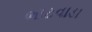
ભાટવાડા